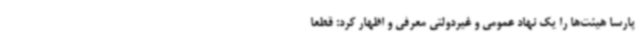
پارسا هیئت‌ها را یک نهاد عمومی و غیردولتی معرفی و اظهار کرد: قطعا